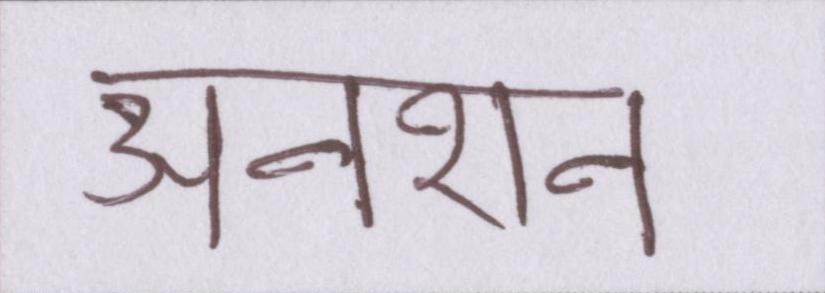
अनशन